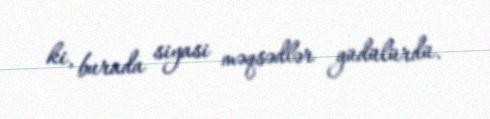
ki, burada siyasi məqsədlər güdülürdü.